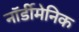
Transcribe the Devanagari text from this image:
नॉर्डीमेनिक